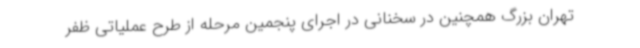
تهران بزرگ همچنین در سخنانی در اجرای پنجمین مرحله از طرح عملیاتی ظفر